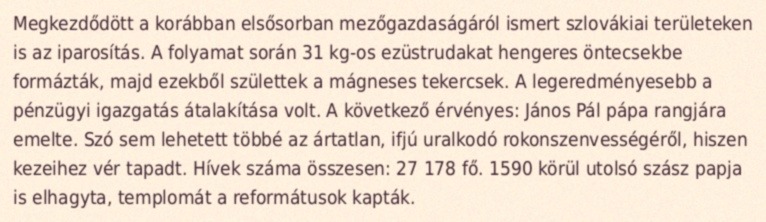
Megkezdődött a korábban elsősorban mezőgazdaságáról ismert szlovákiai területeken is az iparosítás. A folyamat során 31 kg-os ezüstrudakat hengeres öntecsekbe formázták, majd ezekből születtek a mágneses tekercsek. A legeredményesebb a pénzügyi igazgatás átalakítása volt. A következő érvényes: János Pál pápa rangjára emelte. Szó sem lehetett többé az ártatlan, ifjú uralkodó rokonszenvességéről, hiszen kezeihez vér tapadt. Hívek száma összesen: 27 178 fő. 1590 körül utolsó szász papja is elhagyta, templomát a reformátusok kapták.